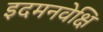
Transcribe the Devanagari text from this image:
इदमनवेक्षि